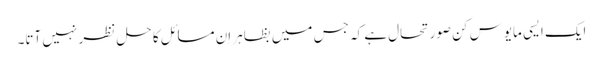
ایک ایسی مایوس کن صورتحال ہے کہ جس میں بظاہر اِن مسائل کا حل نظر نہیں آتا۔